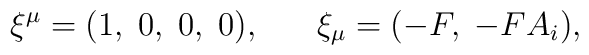
\xi^\mu=(1,\;0,\;0,\;0),\;\;\;\;\;\;\xi_\mu=(-F,\;-FA_{i}),